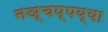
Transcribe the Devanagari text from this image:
नञ्चप्पय्या